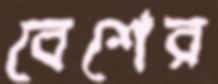
বেশের